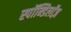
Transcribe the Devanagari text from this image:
स्पॉन्डिलॉज़